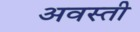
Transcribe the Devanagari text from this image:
अवस्ती